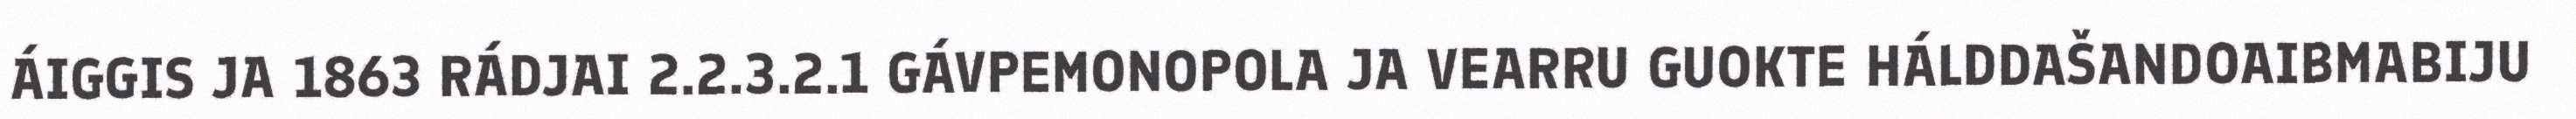
ÁIGGIS JA 1863 RÁDJAI 2.2.3.2.1 GÁVPEMONOPOLA JA VEARRU GUOKTE HÁLDDAŠANDOAIBMABIJU